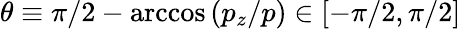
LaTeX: \theta\equiv\pi/2-\operatorname{arccos}\left(p_{z}/p\right)\in[-\pi/2,\pi/2]